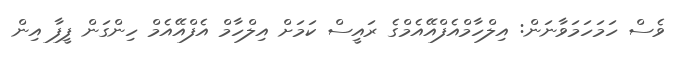
ވެސް ހަމަހަމަވާނަން: އިލްހާމްއެފްއޭއެމްގެ ރައީސް ކަމަށް އިލްހާމް އެފްއޭއެމް ހިންގަން ފީފާ އިން